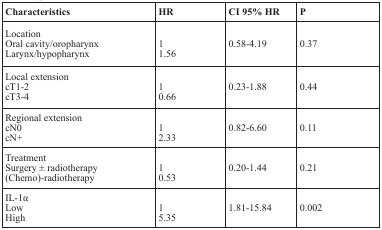
<table><thead><tr><td><b>Characteristics</b></td><td><b>HR</b></td><td><b>CI 95% HR</b></td><td><b>P</b></td></tr></thead><tbody><tr><td>LocationOral cavity/oropharynxLarynx/hypopharynx</td><td>11.56</td><td>0.58-4.19</td><td>0.37</td></tr><tr><td>Local extensioncT1-2cT3-4</td><td>10.66</td><td>0.23-1.88</td><td>0.44</td></tr><tr><td>Regional extensioncN0cN+</td><td>12.33</td><td>0.82-6.60</td><td>0.11</td></tr><tr><td>TreatmentSurgery ± radiotherapy(Chemo)-radiotherapy</td><td>10.53</td><td>0.20-1.44</td><td>0.21</td></tr><tr><td>IL-1αLowHigh</td><td>15.35</td><td>1.81-15.84</td><td>0.002</td></tr></tbody></table>